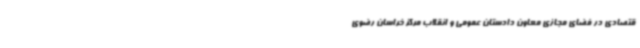
قتصادی در فضای مجازی معاون دادستان عمومی و انقلاب مرکز خراسان رضوی